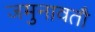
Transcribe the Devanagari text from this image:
जमुनावतौ